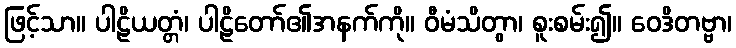
ဖြင့်သာ။ ပါဠိယတ္တံ၊ ပါဠိတော်၏အနက်ကို။ ဝီမံသိတွာ၊ စူးစမ်း၍။ ဝေဒိတဗ္ဗာ၊